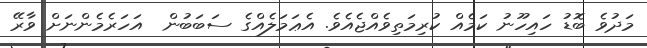
މަދުވެ ބޮޑު ހައިހޫނު ކަމެއް ކުރިމަތިވެއްޖެއެވެ. އެޢަމަލެއްގެ ސަބަބުން  އަހަރެމެންނަށް ވާރޭ